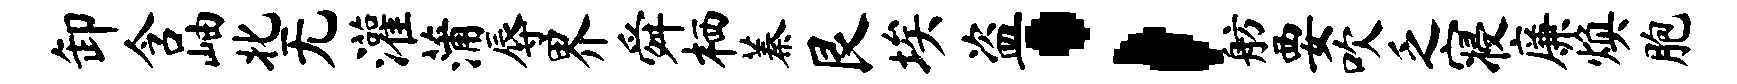
卸含岫北无灌蒲辱界舜栖蓁艮埃盗；舫要吹乏寝廉焕胞